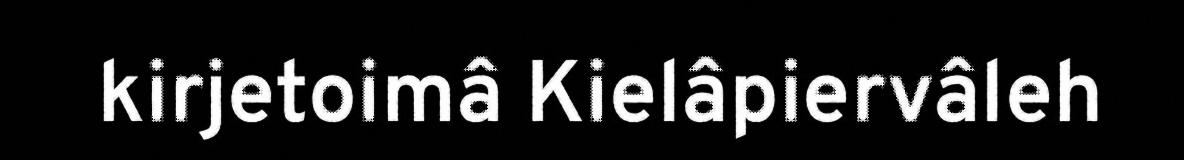
kirjetoimâ Kielâpiervâleh